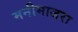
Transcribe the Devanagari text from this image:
मनीमाजरा